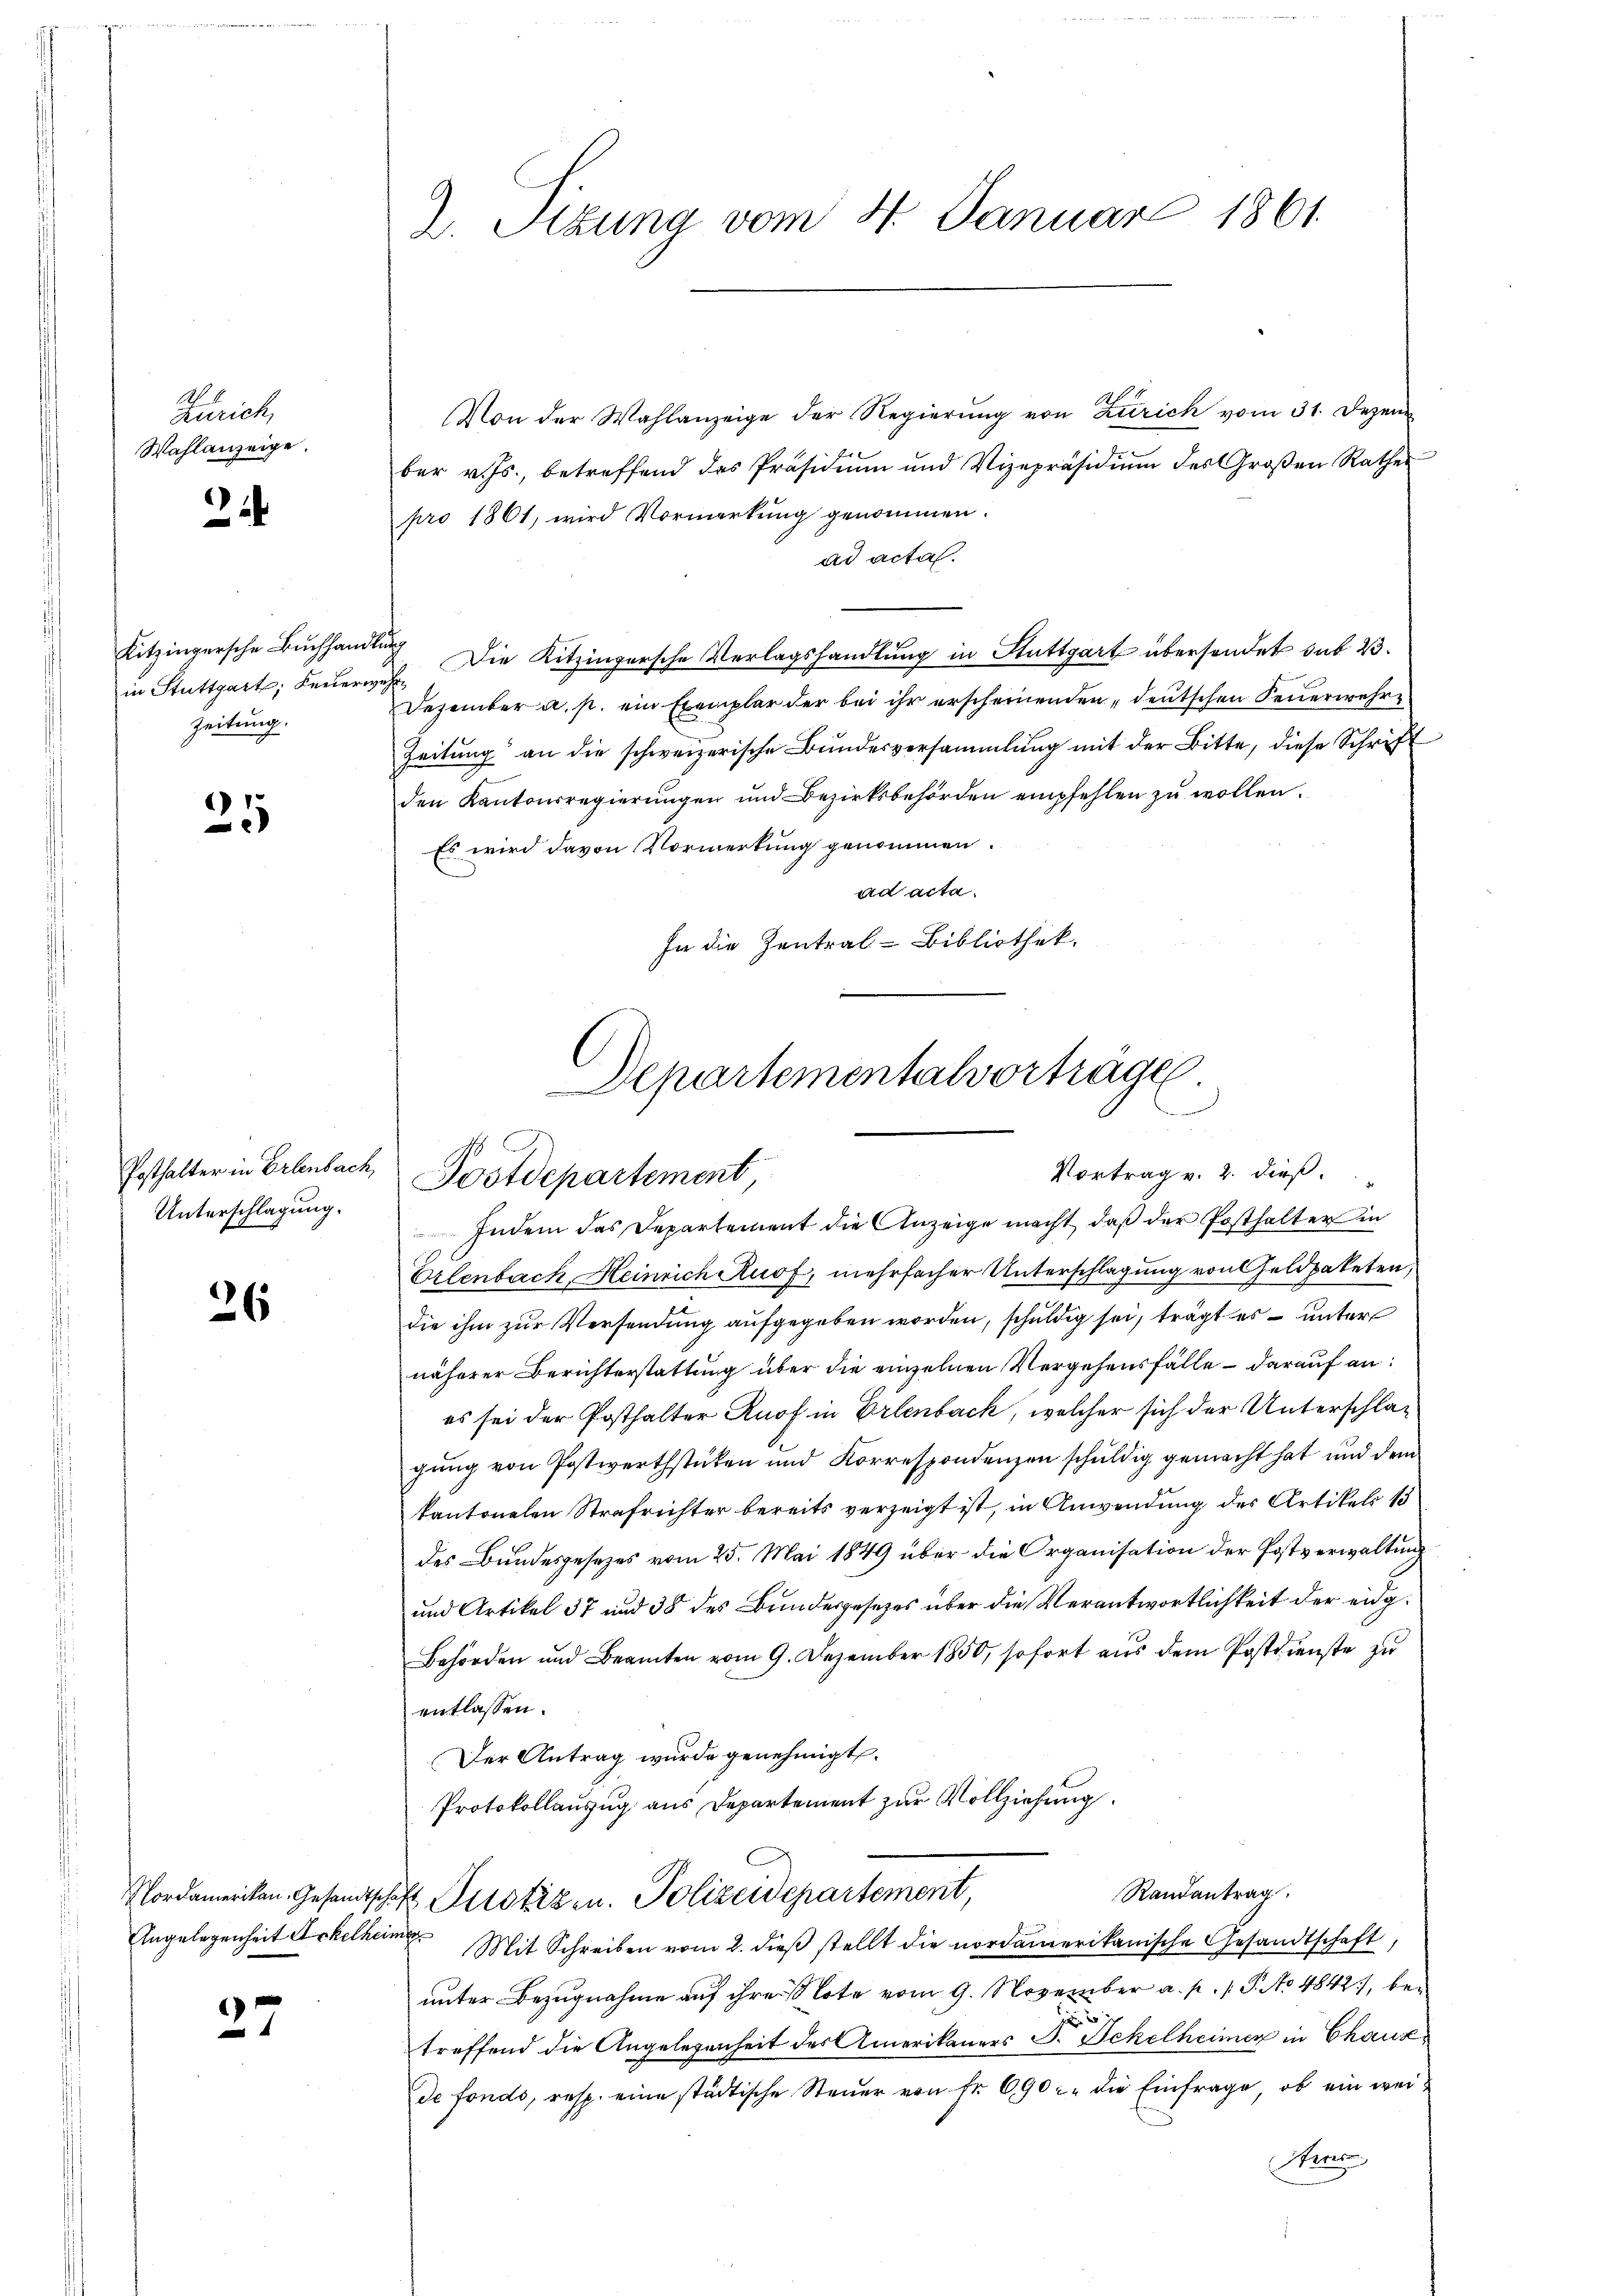
Zürich,
Wahlanzeige.

.

in Stuttgart, Keverwehr
zeitung.

)
2

Posthalter in Erlenbach,
Unterschlagung.

26

Angelegenheit Ackelhei

1

Von der Wahlanzeige der Regierŭng von Zürich vom 31. Dezem
ber v. Js., betreffend das Präsidium und Vizepräsidiŭm des Großen Rathes
pro 1861, wird Vormerkung genommen.
ad acta
Kitzingersche Buchhandlung Die Kitzingersche Verlagshandlung in Stuttgart übersendet sub 23.
Dezember a. p. ein Exemplar der bei ihr erscheinenden „deutschen Feuerwehre
Zeitung an die schweizerische Bundesversammlung mit der Bitte, diese Schrift
den Kantonsregierŭngen und Bezirksbehörden empfehlen zŭ wollen.
Es wird davon Vormerkung genommen.
ad acta.
In die Zentral-Bibliothek.

2. Sizung vom 4. Januar 1861.

Aepartementalvorträge.
e
Vortrag v. 2. dieß.
Postdepartement

Indem das Departement die Anzeige macht, daß der Posthalter in
Orlenbach, Heinrich Ruof, mehrfacher Unterschlagung von Geldpaketen,
die ihm zur Versendung aufgegeben worden, schuldig sei, trägt es unter
näherer Berichterstattung über die einzelnen Vergehensfälle – darauf an
es sei der Posthalter Knof in Erlenback, welcher sich der Unterschlagŭng von Postwerthstücken und Korrespondenzen schŭldig gemacht hat und dem
kantonalen Strafrichter bereits verzeigt ist, in Anwendung des Artikels 13
des Bundesgesetzes vom 25. Mai 1849 über die Organisation der Postverwaltung
und Artikel 37 und 38 des Bundesgesetzes über die Verantwortlichkeit der eidg¬
Behörden und Beamten vom 9. Dezember 1850, sofort aus dem Postenste zu
entlassen.
Der Antrag wurde genehmigt.
Protokollauszug aus Departement zur Vollziehung.
Randantrag
Nordamerikan. Gesandtschaft Potizen. Polizeidepartement,
d Mit Schreiben vom 2. dieß stellt die nordamerikanische Gesandtschaft,
unter Bezugnahme auf ihre Note vom 9. November a. p. 1 P. No 4842), bed
treffend die Angelegenheit des Amerikaners Dr. Sekelheimen in Chaux
de fonds, resp. eine städtische Steuer von Fr. 690 u. die Einfrage, ob ein wei¬
Heris